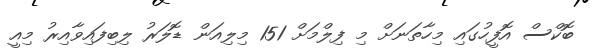
ބޮކްސް އޮފީހުގައި މިހާތަނަށް މި ފިލްމަށް 151 މިލިއަން ޑޮލަރު ލިބިފައިވާއިރު މިއީ